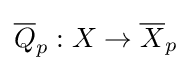
{\overline {Q}}_{p}:X\to {\overline {X}}_{p}